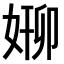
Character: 𫰸